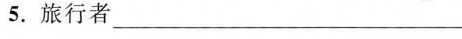
5.旅行者______ 6.梦想____________